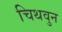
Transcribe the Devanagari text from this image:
चिथवुन